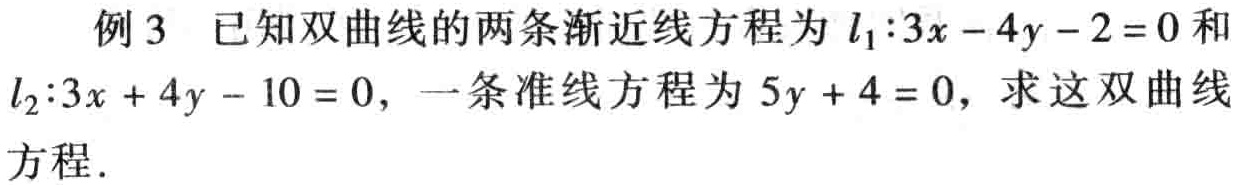
例3 已知双曲线的两条渐近线方程为\(l_{1}:3x - 4y - 2 = 0\)和\(l_{2}:3x + 4y - 10 = 0\)，一条准线方程为\(5y + 4 = 0\)，求这双曲线方程.